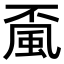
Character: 𩖲